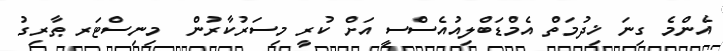
އެންމެ ގިނަ ޚިދުމަތް އެމްޑަބްލިއުއެސްސީ އަށް ކުރީ މިސަރުކާރުން  މިނިސްޓަރ ޠާރިގު